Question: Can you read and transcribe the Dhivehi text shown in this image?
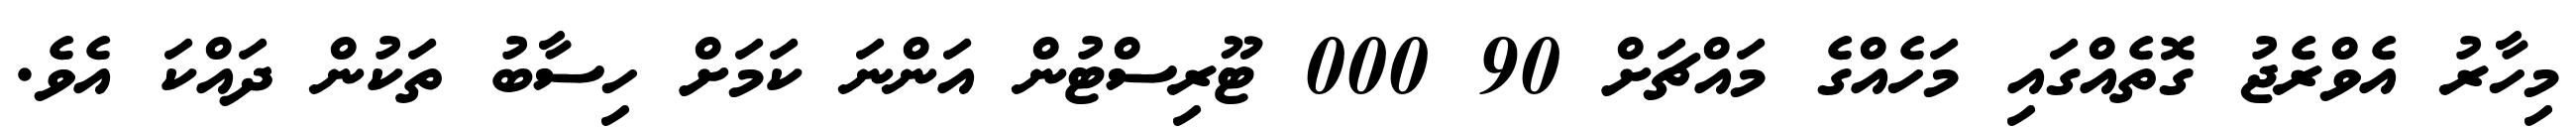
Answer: މިހާރު އެވްރެޖު ގޮތެއްގައި މަހެއްގެ މައްޗަށް 90 000 ޓޫރިސްޓުން އަންނަ ކަމަށް ހިސާބު ތަކުން ދައްކަ އެވެ.